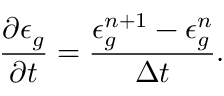
\frac { \partial \epsilon _ { g } } { \partial t } = \frac { \epsilon _ { g } ^ { n + 1 } - \epsilon _ { g } ^ { n } } { \Delta t } .